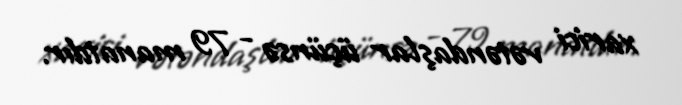
xarici vətəndaşlar üçünsə - 79 manatdır.